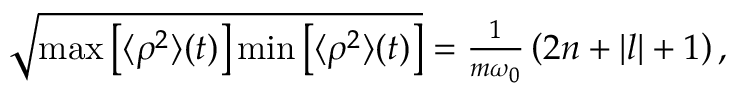
\begin{array} { r } { \sqrt { \operatorname* { m a x } \left[ \langle \rho ^ { 2 } \rangle ( t ) \right] \operatorname* { m i n } \left[ \langle \rho ^ { 2 } \rangle ( t ) \right] } = \frac { 1 } { m \omega _ { 0 } } \left( 2 n + | l | + 1 \right) , } \end{array}